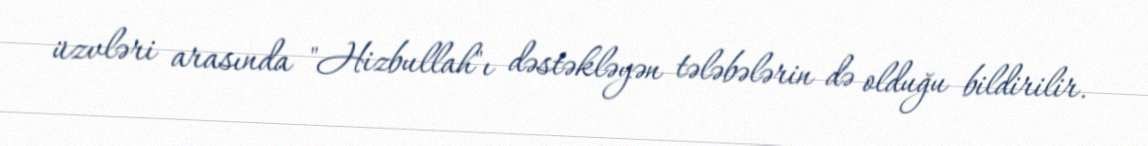
üzvləri arasında "Hizbullah"ı dəstəkləyən tələbələrin də olduğu bildirilir.